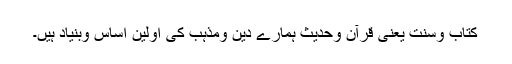
کتاب وسنت یعنی قرآن وحدیث ہمارے دین ومذہب کی اولین اساس وبنیاد ہیں۔